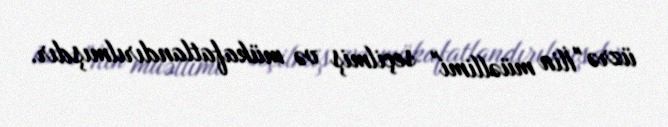
üzrə "İlin müəllimi" seçilmiş və mükafatlandırılmışdır.